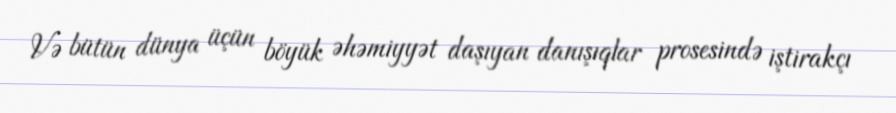
Və bütün dünya üçün böyük əhəmiyyət daşıyan danışıqlar prosesində iştirakçı